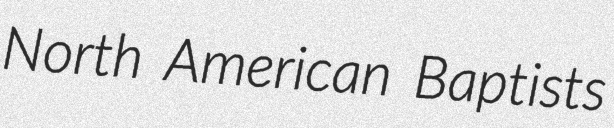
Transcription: North American Baptists